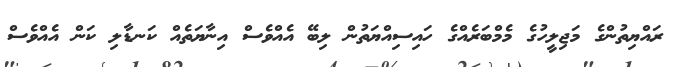
ރައްޔިތުންގެ މަޖިލީހުގެ މެމްބަރެއްގެ ހައިސިއްޔަތުން ލިބޭ އެއްވެސް އިނާޔަތެއް ކަނޑާލި ކަން އެއްވެސް